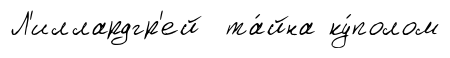
Л'иллардгр'ей та́йна ку́полом